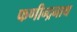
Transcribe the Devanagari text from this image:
फणीन्द्रनाथ